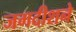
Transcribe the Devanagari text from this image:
जगदीशने